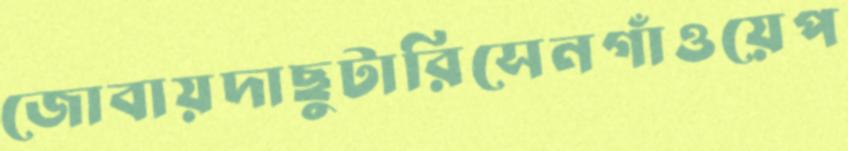
জোবায়দাছুটারিসেনগাঁওয়েপ